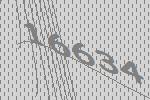
16634